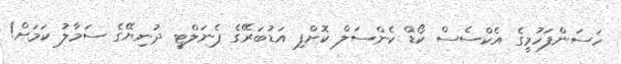
ހަސަންފަހުމީގެ އެކްސެސް ކޯޑް ކެންސަލް ކޮށްފި އަޑުބަރޭގެ ޕެނަލްޓީ ދުނިޔޭގެ ސަމާލު ކަމަށް!